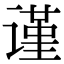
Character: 谨